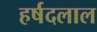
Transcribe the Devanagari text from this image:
हर्षदलाल